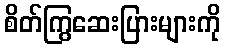
စိတ်ကြွဆေးပြားများကို